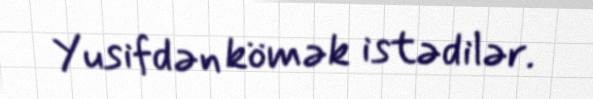
Yusifdən kömək istədilər.